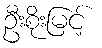
ဦးစိုးမြင့်